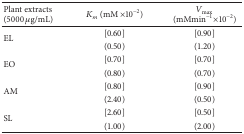
| Plant extracts (5000 μg/mL) | Km (mM ×10−2) | Vmax⁡ (mMmin−1 ×10−2) |
 | --- | --- | --- |
 | <ROWSPAN=2> EL | [0.60] | [0.90] |
 | (0.50) | (1.20) |
 | <ROWSPAN=2> EO | [0.70] | [0.70] |
 | (0.80) | (0.70) |
 | <ROWSPAN=2> AM | [0.80] | [0.90] |
 | (2.40) | (0.50) |
 | <ROWSPAN=2> SL | [2.60] | [0.50] |
 | (1.00) | (2.00) |